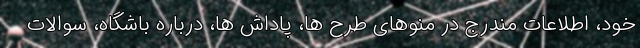
خود، اطلاعات مندرج در منوهای طرح ها، پاداش ها، درباره باشگاه، سوالات